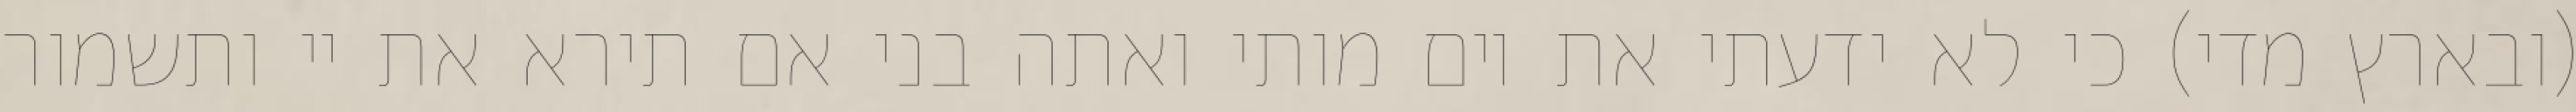
(ובארץ מדי) כי לא ידעתי את יום מותי ואתה בני אם תירא את יי ותשמור